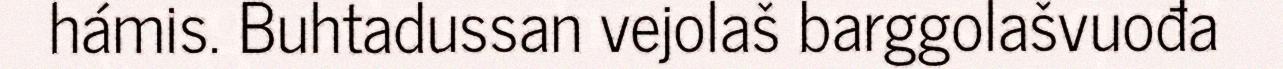
hámis. Buhtadussan vejolaš barggolašvuođa